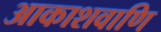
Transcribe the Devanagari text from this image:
आकाशवाणि